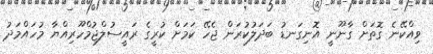
ވިއްކޭނެ ގޮތަށް ގާނޫނީ އޮނިގަނޑު ބަދަލުކުރަން ޖެހޭ ކަމަށް ކުރީގެ ރައީސުލްޖުމްހޫރިއްޔާ މުހައްމަދު